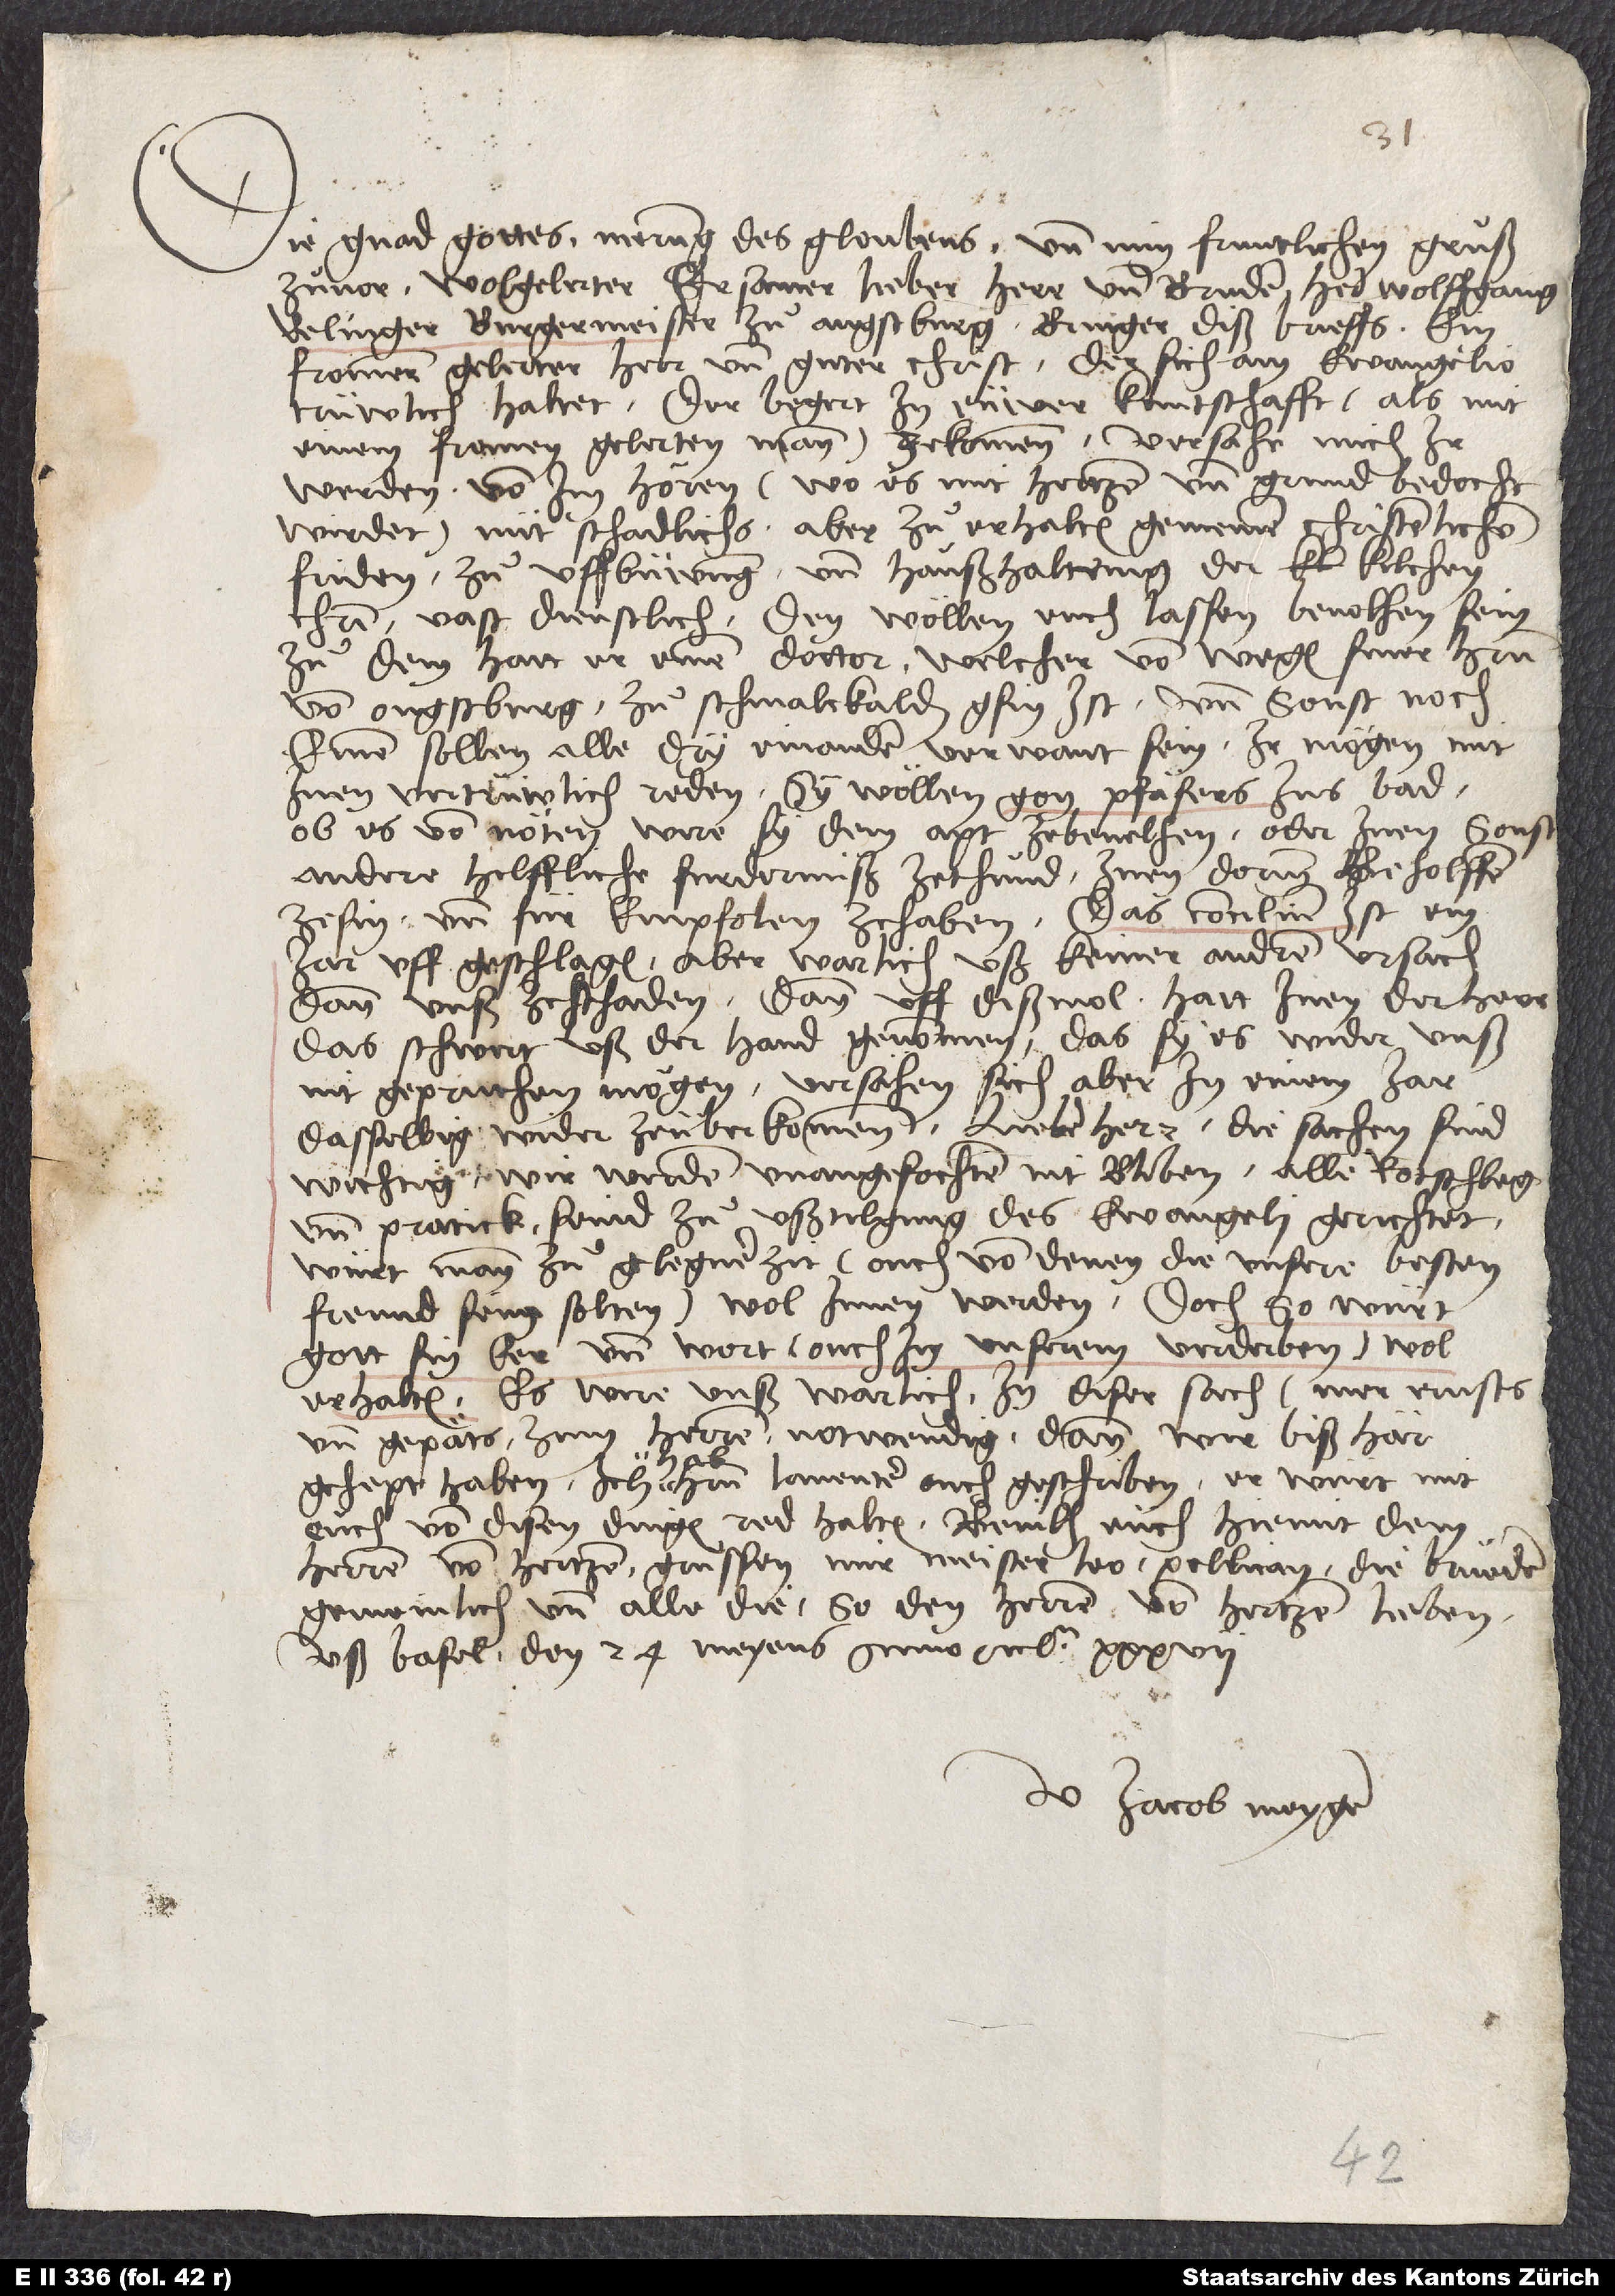
Die gnad gottes, merung des gloubens und min fruntlichen gruͦß
zuͦvor, wolgelerter, ersamer, lieber herr und bruder. Herr Wolfgang
Relinger, burgermeister zuͦ Augsburg, bringer diß brieffs, ein
frommer, gelerter herr und guter christ, der sich am ewangelio
trüwlich haltet, der begert in eüwer kuntschaft (als mit
einem frommen, gelerten mann) ze kommen. Versähe mich, ir
werden von im hören (wo es mit hertzen und grund bedocht
wirdet) nüt schadlichs, aber zuͦ erhalten gemeinen, christenlichen
friden, zuͦ uffbüwung und haußhaltung der kilchen
Christi vast dienstlich. Den wöllen euch lassen bevolhen sein.
Zu dem hat er einen doctor, welcher von wegen siner herrn
von Ougsburg zuͦ Schmalckalden gsin ist und sonst noch
einen. Sollen alle, dry einander verwant sein. Ir mögen mit
inen vertrüwlich reden. Sy wöllen gon Pfäfers ins bad.
Ob es von nöten were, sy dem apt ze bevelhen oder inen sonst
andere hilffliche furdernuß ze thuͦnd, inen dorum beholffen
ze sin und für empfolen ze haben. Das concilium ist ein
jar uffgeschlagen, aber warlich uß keiner andren ursach,
dann unß ze schaden; dann uff diß mol hatt inen der herr
das schwert uß der hand genommen, das sy es wider unß
nit gepruchen mögen, versähen sich aber, in einem jar
dasselbig wider ze überkommen. Lieber herr, die sachen sind
wichtig; wir werden unangefochten nit bliben. Alle rotschleg
und pratick seind zuͦ ußtilgung des ewangeli gerichtet;
würt man zuͦ gelegner zit (ouch von denen, die unsere besten
freund sein solten) wol innen werden. Doch so würt
gott sin eer und wort (ouch in unserem verderben) wol
erhalten. Es were unß warlich in diser sach mer ernsts
und gepäts zum herren notwendig, dann wir biß här
gehept haben. Ich hab herrn Laventer ouch geschriben. Er würt mit
eüch von disen dingen red halten. Bevilh eüch hiemit dem
herren von hertzen. Grussen mir Meister Leo, Pellican, die brueder
gemeinlich und alle die, so den herren von hertzen lieben.
Uß Basel, den 24. meyens anno etc. 37.
U Jacob Meyger.